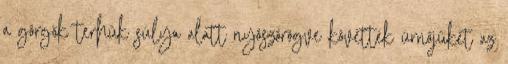
a görgők terhük súlya alatt nyöszörögve követték úrnőjüket az